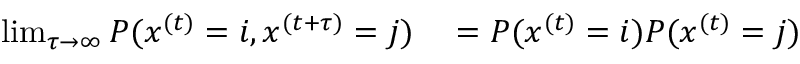
\begin{array} { r l } { \operatorname* { l i m } _ { \tau \rightarrow \infty } P ( x ^ { ( t ) } = i , x ^ { ( t + \tau ) } = j ) } & { { } = P ( x ^ { ( t ) } = i ) P ( x ^ { ( t ) } = j ) } \end{array}